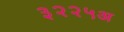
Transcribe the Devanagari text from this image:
३२२५अ